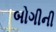
બોગીની